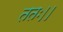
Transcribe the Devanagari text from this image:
ततः।।